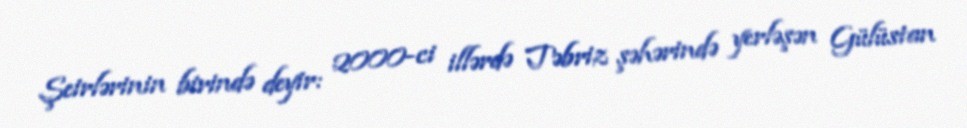
Şeirlərinin birində deyir: 2000-ci illərdə Təbriz şəhərində yerləşən Gülüstan